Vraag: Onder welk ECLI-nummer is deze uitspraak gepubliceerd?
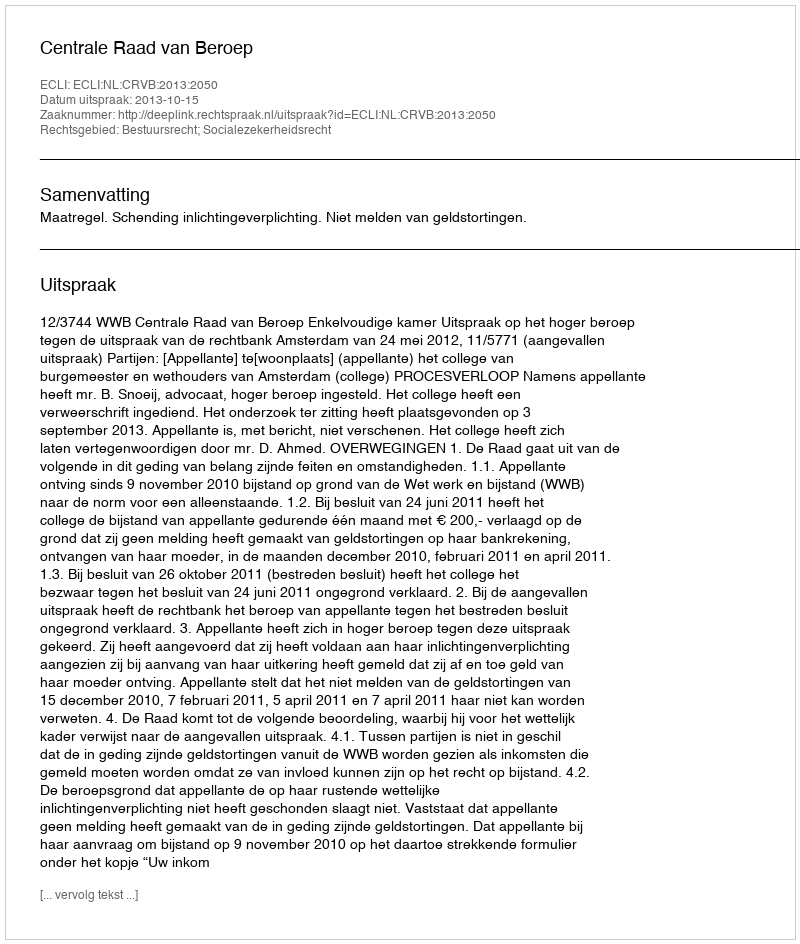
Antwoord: ECLI:NL:CRVB:2013:2050